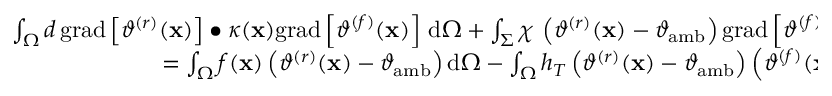
\begin{array} { r } { \int _ { \Omega } d \, \mathrm { g r a d } \left[ \vartheta ^ { ( r ) } ( \mathbf { x } ) \right] \bullet \kappa ( \mathbf { x } ) \mathrm { g r a d } \left[ \vartheta ^ { ( f ) } ( \mathbf { x } ) \right] \, \mathrm { d } \Omega + \int _ { \Sigma } \chi \, \left( \vartheta ^ { ( r ) } ( \mathbf { x } ) - \vartheta _ { \mathrm { a m b } } \right) \mathrm { g r a d } \left[ \vartheta ^ { ( f ) } ( \mathbf { x } ) \right] \bullet \widehat { \mathbf { t } } ( \mathbf { x } ) \, \mathrm { d } \Gamma } \\ { = \int _ { \Omega } f ( \mathbf { x } ) \left( \vartheta ^ { ( r ) } ( \mathbf { x } ) - \vartheta _ { \mathrm { a m b } } \right) \mathrm { d } \Omega - \int _ { \Omega } h _ { T } \left( \vartheta ^ { ( r ) } ( \mathbf { x } ) - \vartheta _ { \mathrm { a m b } } \right) \left( \vartheta ^ { ( f ) } ( \mathbf { x } ) - \vartheta _ { \mathrm { a m b } } \right) \mathrm { d } \Omega } \end{array}